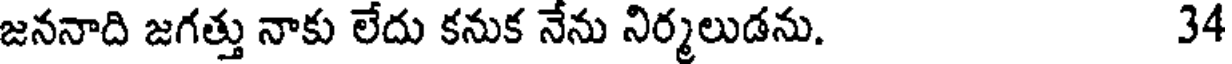
జననాది జగత్తు నాకు లేదు కనుక నేను నిర్మలుడను. 34